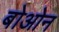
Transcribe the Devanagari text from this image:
बोओन